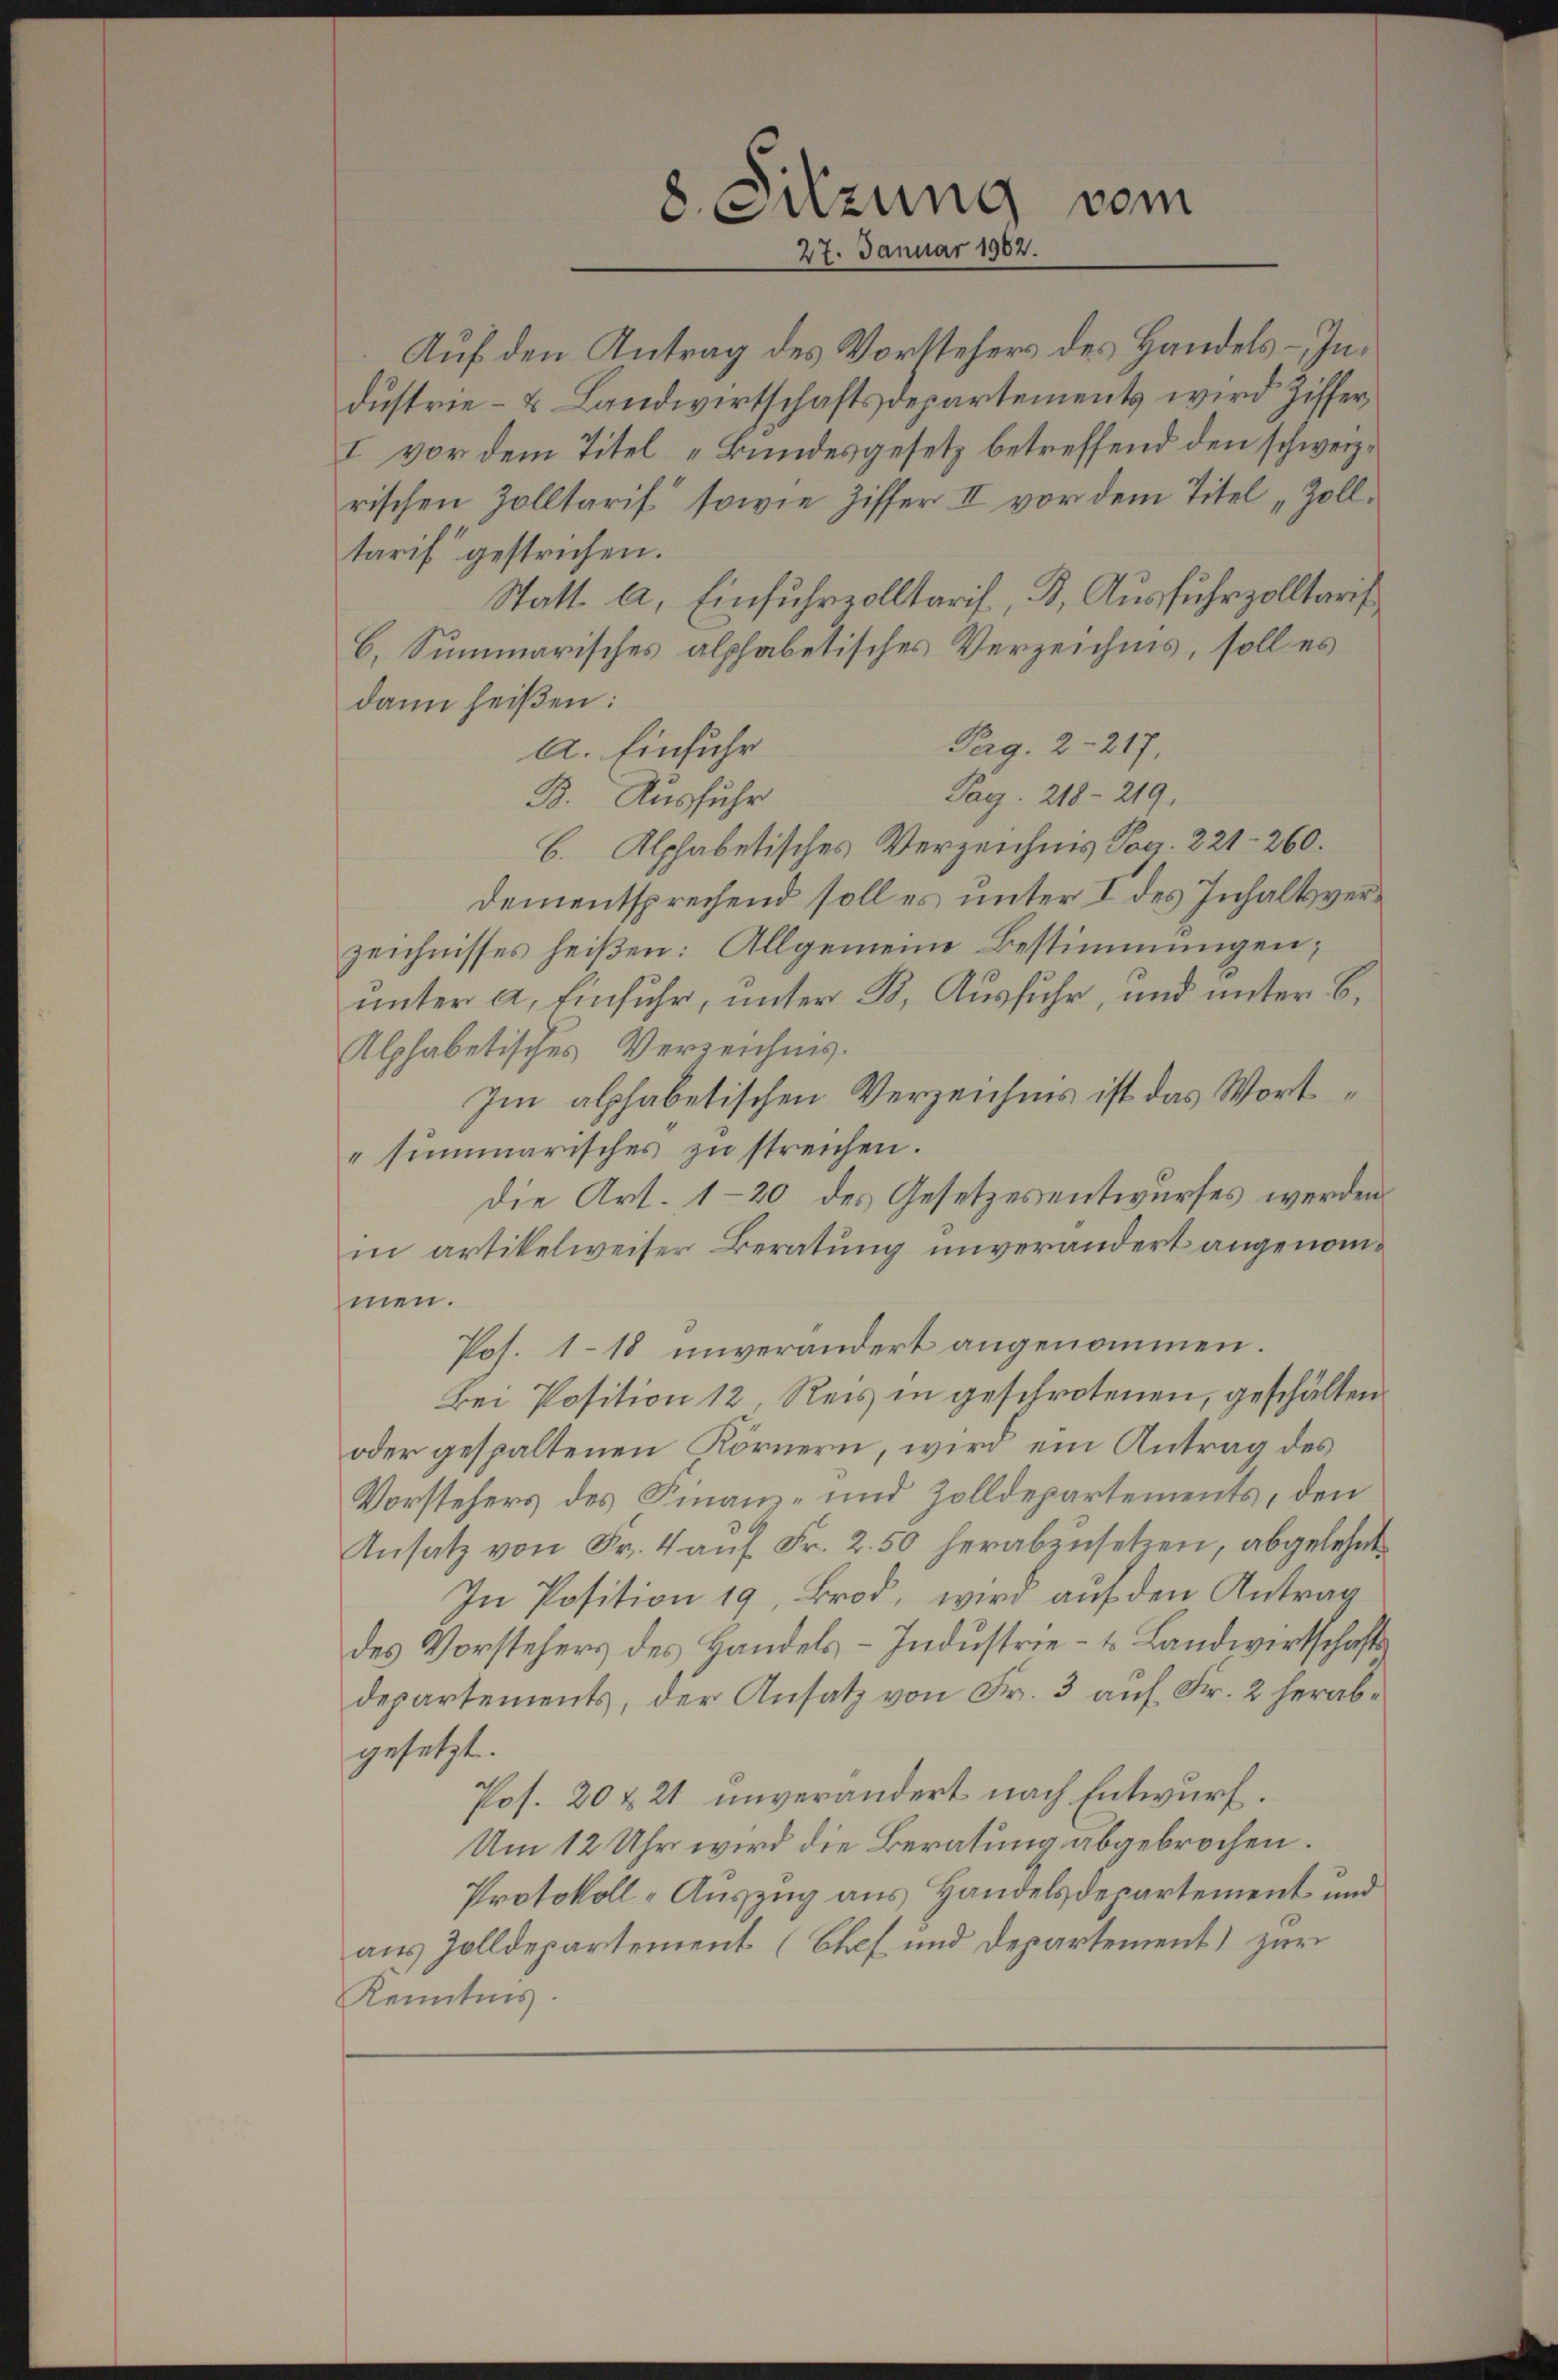
Auf den Antrag des Vorstehers des Handels – Industrie- & Landwirtschaftsdepartements wird Ziffer¬
I vor dem Titel „Bundesgesetz betreffend den schweiz.
rischen Zolltarif sowie Ziffer II vor dem Titel „Zolltarif gestrichen.
C. Summarisches alphabetisches Verzeichnis, soll es
dann heißen:
Perg. 2-217.
A. Einfuhr
Pag. 218-219.
B. Ausfuhr
B. Alphabetisches Verzeichnis Pag. 221-260.
Dementsprechend soll es unter I des Inhaltsverzeichnisses heißen: Allgemeine Bestimmungen;
unter a. Einfuhr, unter B. Ausfuhr, und unter B.
Alphabetisches Verzeichnis.
Im alphabetischen Verzeichnis ist das Wort¬
"summarisches zu streichen.
die Art. 1-20 des Gesetzesentwurfes werden.
in artikelweiser Beratung unverändert angenommen.
Pos. 118 unverändert angenommen.
Bei Position 12 Reis in geschrotenen, geschälten
oder gespaltenen Körnern, wird ein Antrag des
Vorstehers des Finanz- und Zolldepartements, den
Ansatz von Fr. 4 auf Fr. 2.50 herabzusetzen, abgelehnt
In Position 19, Brod, wird auf den Antrag
des Vorstehers des Handels-Industrie - u. Landwirtschaftsdepartements, der Ansatz von Fr. 3 auf Fr. 2 herabgesetzt.
Pos. 20 & 21 unverändert nach Entwurf.
Um 12 Uhr wird die Beratung abgebrochen.
Protokoll-Auszug aus Handelsdepartement und
aus Zolldepartement (Chef und Departement) zur
Kenntnis.

8. Sitzung vom
27. Januar 1902.

Statt. a. Einfuhrzolltaris, B. Ausfuhrzolltaris